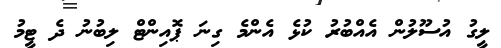
ލީގު އުސޫލުން އެއްބުރު ކުޅެ އެންމެ ގިނަ ޕޮއިންޓް ލިބުނު ދެ ޓީމު